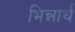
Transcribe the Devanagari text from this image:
भिन्नार्थ